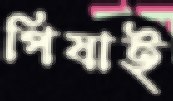
পিষাই